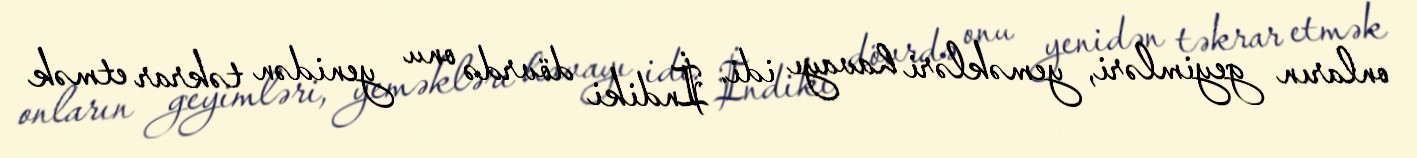
onların geyimləri, yeməkləri havayı idi. İndiki dövrdə onu yenidən təkrar etmək